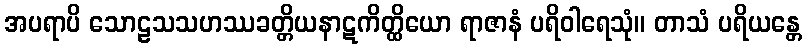
အပရာပိ သောဠသသဟဿခတ္တိယနာဋကိတ္ထိယော ရာဇာနံ ပရိဝါရေသုံ။ တာသံ ပရိယန္တေ